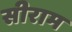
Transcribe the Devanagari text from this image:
सीराम